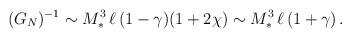
LaTeX: \begin{align*}(G_N)^{-1}\sim M_*^{3}\,\ell\,(1-\gamma) (1+2\chi)\sim M_*^3\,\ell\,(1+\gamma)\,.\end{align*}